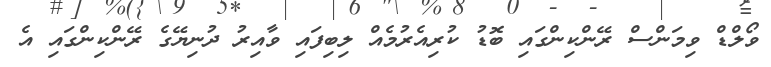
ވޯލްޑް ވިމަންސް ރޭންކިންގައި ބޮޑު ކުރިއެރުމެއް ލިބިފައި ވާއިރު ދުނިޔޭގެ ރޭންކިންގައި އެ